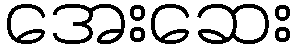
အေးဆေး